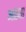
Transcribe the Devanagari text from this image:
आरया